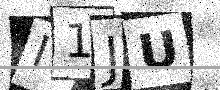
Text: I1JU